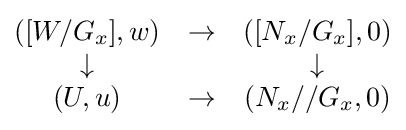
{\begin{matrix}([W/G_{x}],w)&\to &([N_{x}/G_{x}],0)\\\downarrow &&\downarrow \\(U,u)&\to &(N_{x}//G_{x},0)\end{matrix}}